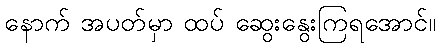
နောက် အပတ်မှာ ထပ် ဆွေးနွေးကြရအောင်။